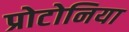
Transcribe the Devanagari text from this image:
प्रोटोनिया